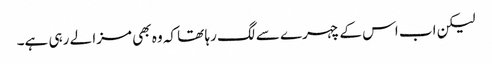
لیکن اب اس کے چہرے سے لگ رہا تھا کہ وہ بھی مزا لے رہی ہے۔